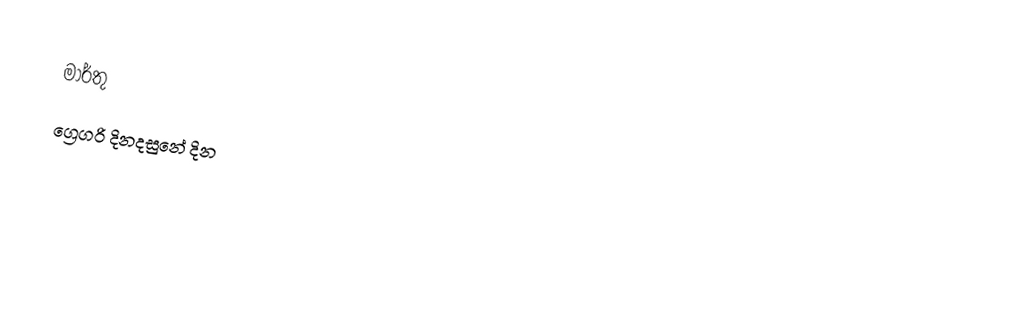
මාර්තු
ග්‍රෙගරි දිනදසුනේ දින